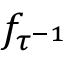
f _ { \tau ^ { - 1 } }